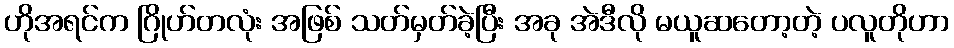
ဟိုအရင်က ဂြိုဟ်တလုံး အဖြစ် သတ်မှတ်ခဲ့ပြီး အခု အဲဒီလို မယူဆတော့တဲ့ ပလူတိုဟာ